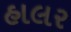
હાલર